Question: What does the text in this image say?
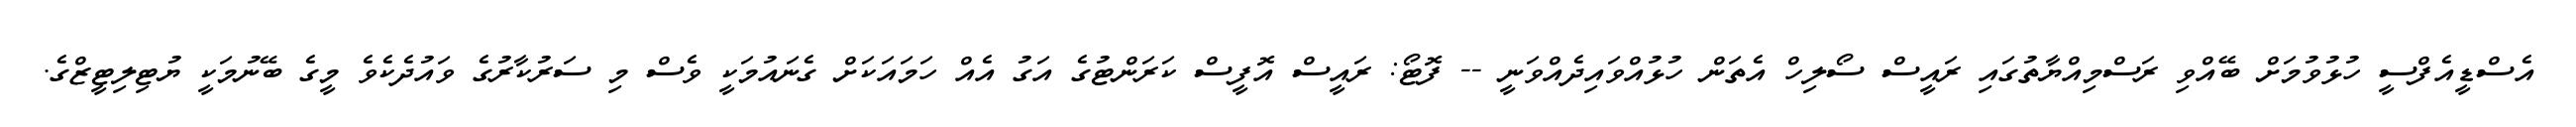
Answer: އެސްޑީއެފްސީ ހުޅުވުމަށް ބޭއްވި ރަސްމިއްޔާތުގައި ރައީސް ސޯލިހް އެތަން ހުޅުއްވައިދެއްވަނީ -- ފޮޓޯ: ރައީސް އޮފީސް ކަރަންޓުގެ އަގު އެއް ހަމައަކަށް ގެނައުމަކީ ވެސް މި ސަރުކާރުގެ ވައުދެކެވެ މީގެ ބޭނުމަކީ ޔުޓިލިޓީޒްގެ.